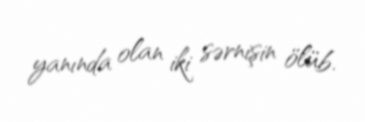
yanında olan iki sərnişin ölüb.